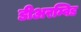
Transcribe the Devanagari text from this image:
डीअरम्विड